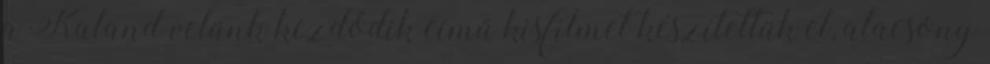
a Kaland velünk kezdődik című kisfilmet készítettük el, alacsony